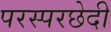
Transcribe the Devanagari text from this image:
परस्परछेदी